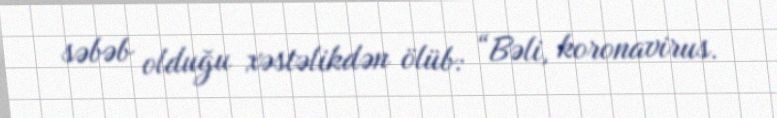
səbəb olduğu xəstəlikdən ölüb: “Bəli, koronavirus.